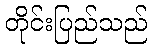
တိုင်းပြည်သည်